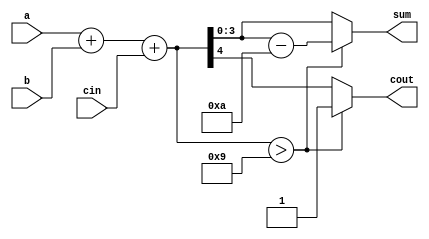
module bcdfadd4(
  input wire [3:0] a,
  input wire [3:0] b,
  input wire cin,
  output wire [3:0] sum,
  output wire cout
);
  reg [4:0]_sum;

  assign sum =_sum[3:0];
  assign cout = _sum[4];

  always @* begin
  _sum = a + b + cin;
  if (_sum > 9) begin
  _sum = _sum-10;
  _sum[4] = 1'b1;
  end
end

  // write your code here
  
endmodule